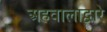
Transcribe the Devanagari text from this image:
अहवालाद्वारे